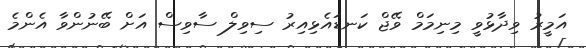
އަމީރު ވިދާޅުވީ މިނިމަމް ވޭޖް ކަނޑައެޅިއިރު ސިވިލް ސާވިސް އަށް ބޭނުންވާ އެންމެ